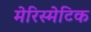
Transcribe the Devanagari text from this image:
मेरिस्मेटिक